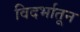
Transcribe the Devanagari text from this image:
विदर्भातून